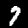
Label: 7